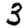
Digit: 3